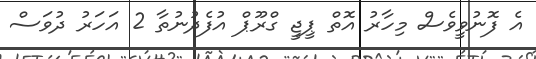
އެ ފޮނުވީވެސް މިހާރު އޮތް ޕީޖީ ގްރޫޕް އުފެދުނުތާ 2 އަހަރު ދުވަސް